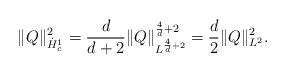
LaTeX: \begin{align*}\|Q\|^2_{\dot{H}^1_c}= \frac{d}{d+2}\|Q\|^{\frac{4}{d}+2}_{L^{\frac{4}{d}+2}} =\frac{d}{2}\|Q\|^2_{L^2}. \end{align*}